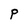
Character: P